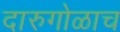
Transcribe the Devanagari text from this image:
दारुगोळाच